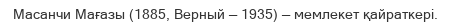
Масанчи Мағазы (1885, Верный — 1935) — мемлекет қайраткері.